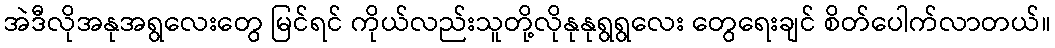
အဲဒီလိုအနုအရွလေးတွေ မြင်ရင် ကိုယ်လည်းသူတို့လိုနုနုရွရွလေး တွေရေးချင် စိတ်ပေါက်လာတယ်။